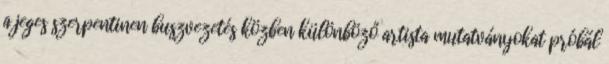
a jeges szerpentinen buszvezetés közben különböző artista mutatványokat próbál